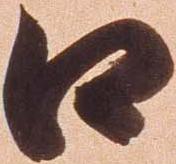
口